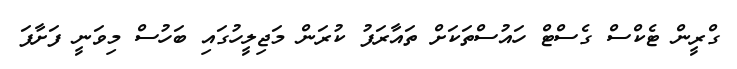
ގްރީން ޓެކްސް ގެސްޓް ހައުސްތަކަށް ތައާރަފު ކުރަން މަޖިލީހުގައި ބަހުސް މިވަނީ ފަށާފަ